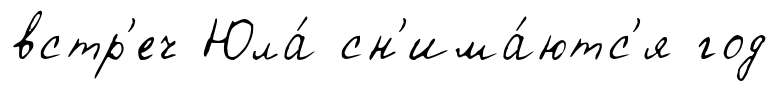
встр'еч Юла́ сн'има́ютс'я год